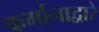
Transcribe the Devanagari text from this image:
फर्मानाद्वारे